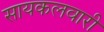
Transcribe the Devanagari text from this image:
सायकलवारी